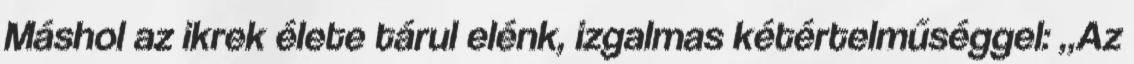
Máshol az ikrek élete tárul elénk, izgalmas kétértelműséggel: „Az